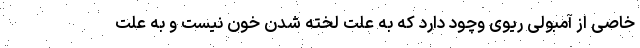
خاصی از آمبولی ریوی وچود دارد که به علت لخته شدن خون نیست و به علت